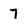
Character: 7